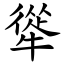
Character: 㹐